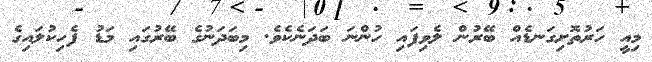
މިއީ ހަރުތޮށިގަނޑެއް ބޭރުން ލެވިފައި ހުންނަ ބަދަނެކެވެ. މިބަދަނުގެ ބޭރުގައި މަޑު ފެހިކުލައިގެ